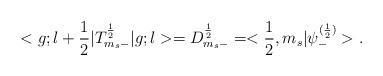
LaTeX: \begin{align*}<g;l+\frac{1}{2}|T^{\frac{1}{2}}_{m_s-}|g;l>=D^{\frac{1}{2}}_{m_s-}=<\frac{1}{2},m_s|{\psi}_{-}^{(\frac{1}{2})}>.\end{align*}